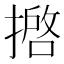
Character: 𢴖